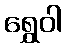
ရွှေဝါ